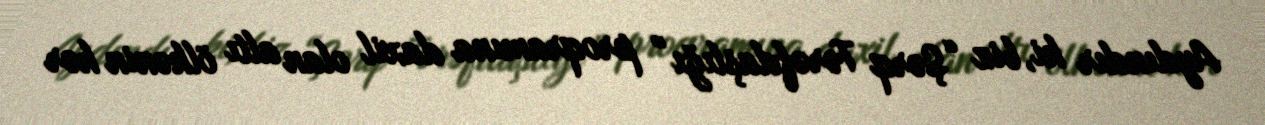
Aydındır ki, biz “Şərq Tərəfdaşlığı” proqramına daxil olan altı ölkənin hər